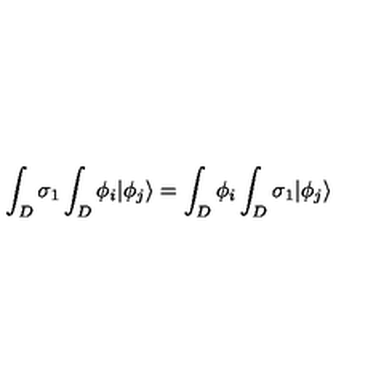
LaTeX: \int _ { D } \sigma _ { 1 } \int _ { D } \phi _ { i } | \phi _ { j } \rangle = \int _ { D } \phi _ { i } \int _ { D } \sigma _ { 1 } | \phi _ { j } \rangle \,